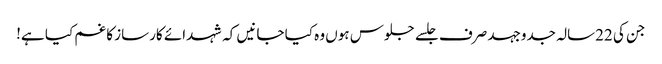
جن کی 22سالہ جدوجہد صرف جلسے جلوس ہوں وہ کیا جانیں کہ شہدائے کارساز کا غم کیا ہے!